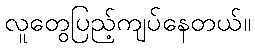
လူတွေပြည့်ကျပ်နေတယ်။